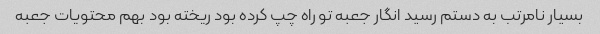
بسیار نامرتب به دستم رسید انگار جعبه تو راه چپ کرده بود ریخته بود بهم محتویات جعبه